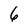
Character: 6